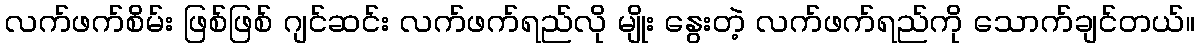
လက်ဖက်စိမ်း ဖြစ်ဖြစ် ဂျင်ဆင်း လက်ဖက်ရည်လို မျိုး နွေးတဲ့ လက်ဖက်ရည်ကို သောက်ချင်တယ်။